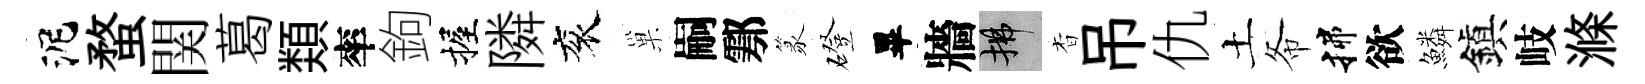
泥蝥関葛𩔖率鉤握隣衮巢嗣鄠篆磴畢牆拂杳吊仇土𢁙揲欲鱗鎭岐滌